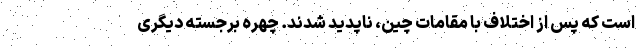
است که پس از اختلاف با مقامات چین، ناپدید شدند. چهره برجسته دیگری